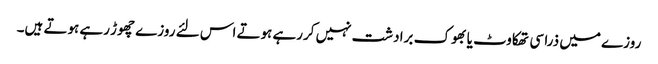
روزے میں ذرا سی تھکاوٹ یا بھوک برادشت نہیں کررہے ہوتے اس لئے روزے چھوڑ رہے ہوتے ہیں۔